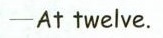
-At twelve.